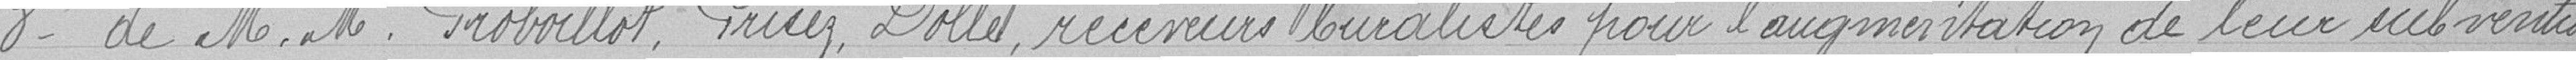
3 De Messieurs Groboillot, Griey, Dollé, receveurs buralistes pour l'augmentation de leur subvention